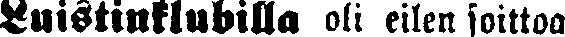
Luistinklubilla oli eilen soittoa